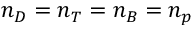
n _ { D } = n _ { T } = n _ { B } = n _ { p }